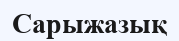
Сарыжазық